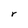
Character: r